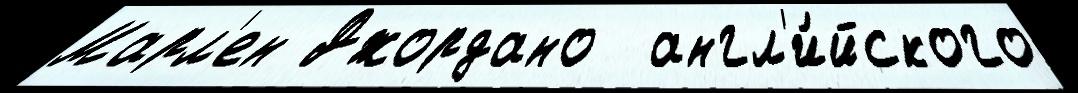
Марл'ен Джордано  англ'и́йского